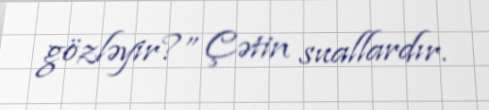
gözləyir?” Çətin suallardır.